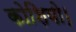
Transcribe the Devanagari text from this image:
कोशियो।